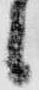
候